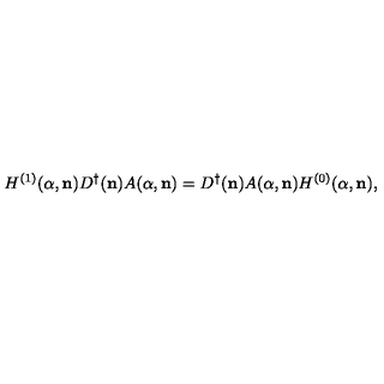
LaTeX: H ^ { ( 1 ) } ( { \alpha } , { \bf n } ) D ^ { \dagger } ( { \bf n } ) A ( { \alpha } , { \bf n } ) = D ^ { \dagger } ( { \bf n } ) A ( { \alpha } , { \bf n } ) H ^ { ( 0 ) } ( { \alpha } , { \bf n } ) ,